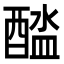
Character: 𨡬